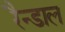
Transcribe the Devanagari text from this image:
रैन्डाल